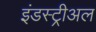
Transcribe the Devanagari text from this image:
इंडस्ट्रीअल